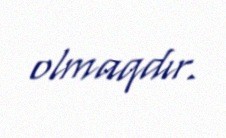
olmaqdır.